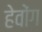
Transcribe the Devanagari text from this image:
हेवोंग